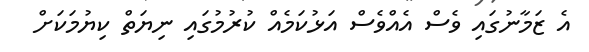
އެ ޒަމާނުގައި ވެސް އެއްވެސް އަޅުކަމެއް ކުރުމުގައި ނިޔަތް ކިޔުމަކަށް